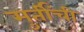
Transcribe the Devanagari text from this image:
मुर्तींची